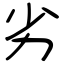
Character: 劣